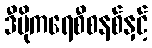
ဒီမိုကရေစီစနစ်နှင့်